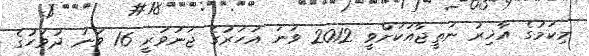
މިކަމުގެ އާޚިރު ނަތީޖާއަކަށްވީ 2012 ވަނަ އަހަރުގެ ޖަނަވަރީ 16 ވަނަ ދުވަހުގެ